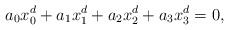
\begin{align*} a_0x_0^d + a_1x_1^d + a_2x_2^d+ a_3x_3^d = 0,\end{align*}